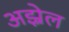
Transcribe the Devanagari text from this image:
अझ्रेल